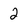
Character: 2